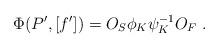
LaTeX: \begin{align*} \Phi(P',[f'])=O_S\phi_K\psi_K^{-1}O_F\ . \end{align*}